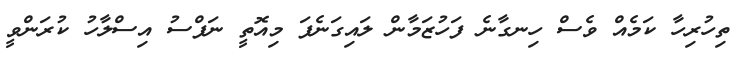
ތިހުރިހާ ކަމެއް ވެސް ހިނގާނެ ފަހުޒަމާން ލައިގަނެފަ މިއޮތީ ނަފްސު އިސްލާހު ކުރަންވީ